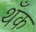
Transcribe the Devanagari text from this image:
थँक